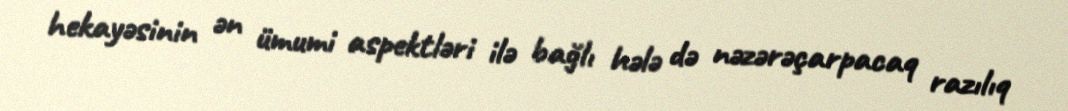
hekayəsinin ən ümumi aspektləri ilə bağlı hələ də nəzərəçarpacaq razılıq